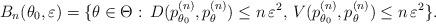
LaTeX: \begin{align*}B_{n}(\theta_0,\varepsilon)=\{\theta\in\Theta:\, D(p_{\theta_0}^{(n)}, p_{\theta}^{(n)})\leq n\,\varepsilon^2,\, V(p_{\theta_0}^{(n)}, p_{\theta}^{(n)})\leq n\,\varepsilon^2\}.\end{align*}